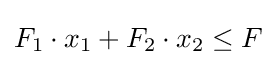
F_{1}\cdot x_{1}+F_{2}\cdot x_{2}\leq F